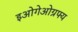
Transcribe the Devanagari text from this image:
इओगेओग्रफ्य